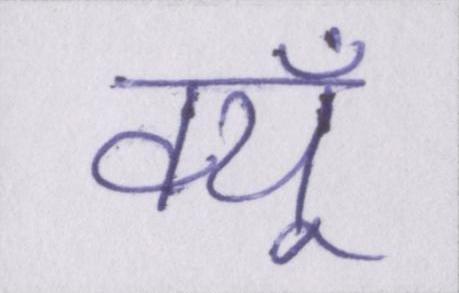
क्यूँ